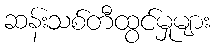
ဆန်းသစ်တီထွင်မှုများ